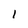
Character: I